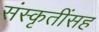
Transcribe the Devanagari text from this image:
संस्कृतींसह